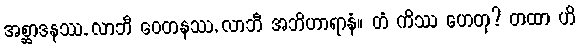
အစ္ဆာဒနဿ, လာဘီ ဝေတနဿ, လာဘီ အဘိဟာရာနံ။ တံ ကိဿ ဟေတု? တထာ ဟိ